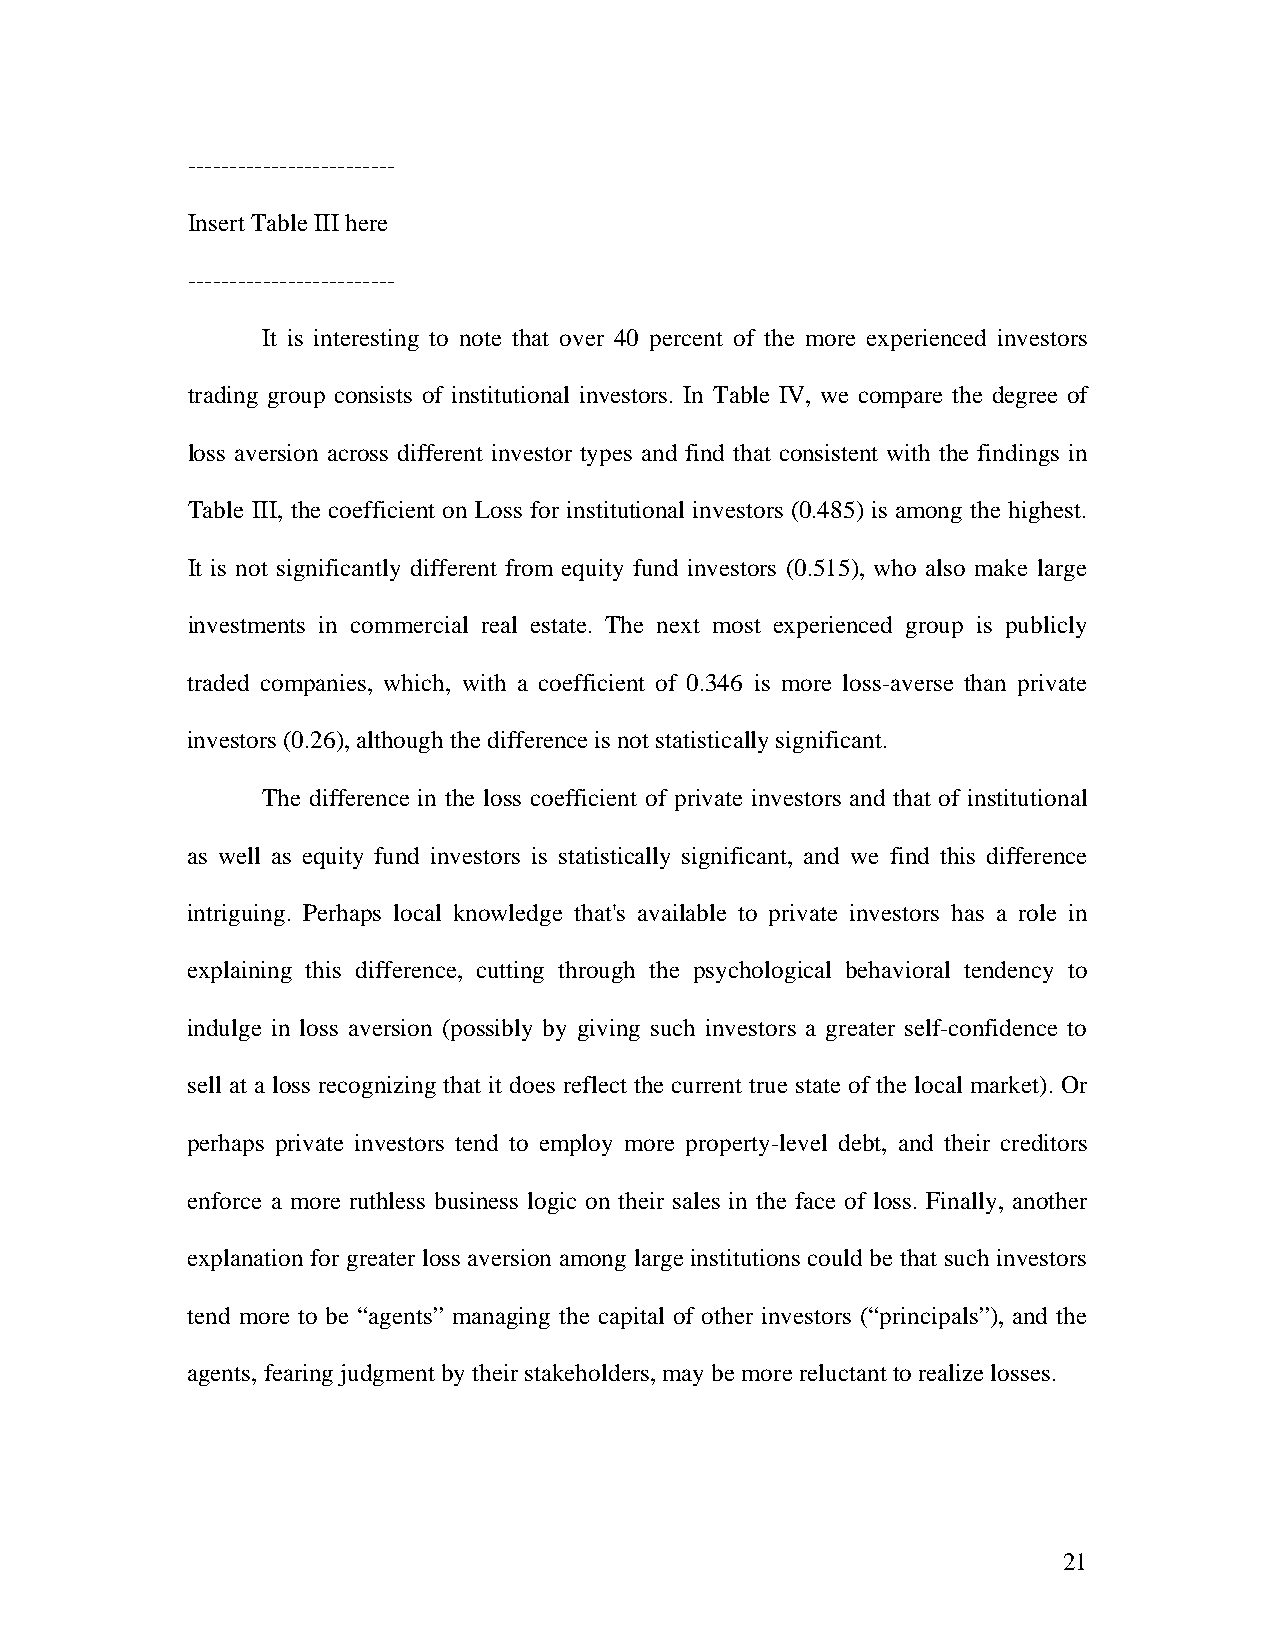
-------------------------
 Insert Table III here
 -------------------------
 It is interesting to note that over 40 percent of the more experienced investors
 trading group consists of institutional investors. In Table IV, we compare the degree of
 loss aversion across different investor types and find that consistent with the findings in
 Table III, the coefficient on Loss for institutional investors (0.485) is among the highest.
 It is not significantly different from equity fund investors (0.515), who also make large
 investments in commercial real estate. The next most experienced group is publicly
 traded companies, which, with a coefficient of 0.346 is more loss-averse than private
 investors (0.26), although the difference is not statistically significant.
 The difference in the loss coefficient of private investors and that of institutional
 as well as equity fund investors is statistically significant, and we find this difference
 intriguing. Perhaps local knowledge that's available to private investors has a role in
 explaining this difference, cutting through the psychological behavioral tendency to
 indulge in loss aversion (possibly by giving such investors a greater self-confidence to
 sell at a loss recognizing that it does reflect the current true state of the local market). Or
 perhaps private investors tend to employ more property-level debt, and their creditors
 enforce a more ruthless business logic on their sales in the face of loss. Finally, another
 explanation for greater loss aversion among large institutions could be that such investors
 tend more to be “agents” managing the capital of other investors (“principals”), and the
 agents, fearing judgment by their stakeholders, may be more reluctant to realize losses.
 21